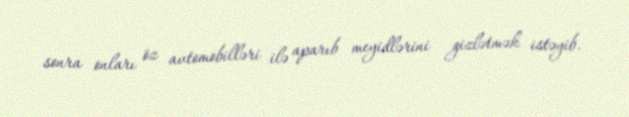
sonra onları öz avtomobilləri ilə aparıb meyidlərini gizlətmək istəyib.